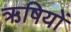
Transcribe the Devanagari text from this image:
ऋषियों